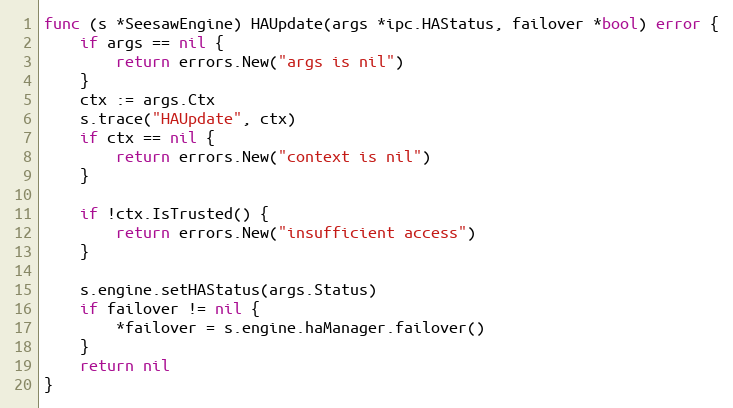
Language: Go
func (s *SeesawEngine) HAUpdate(args *ipc.HAStatus, failover *bool) error {
	if args == nil {
		return errors.New("args is nil")
	}
	ctx := args.Ctx
	s.trace("HAUpdate", ctx)
	if ctx == nil {
		return errors.New("context is nil")
	}

	if !ctx.IsTrusted() {
		return errors.New("insufficient access")
	}

	s.engine.setHAStatus(args.Status)
	if failover != nil {
		*failover = s.engine.haManager.failover()
	}
	return nil
}